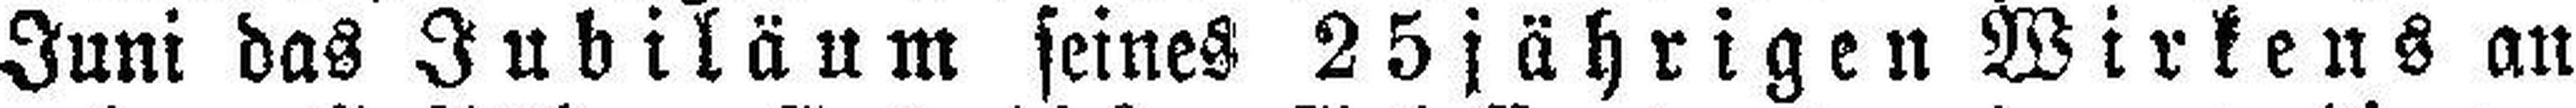
Juni das Jubiläum seines 25jährigen Wirkens an